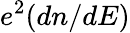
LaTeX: e^{2}(dn/dE)